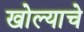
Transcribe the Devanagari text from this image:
खोल्याचे